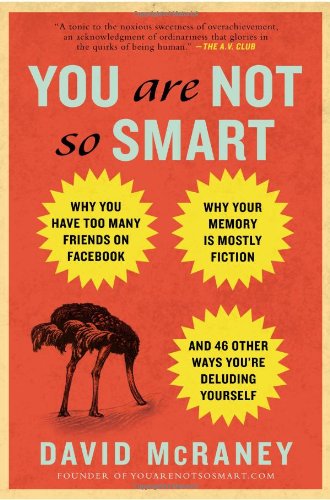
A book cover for You Are Not So Smart: Why You Have Too Many Friends on Facebook, Why Your Memory Is Mostly Fiction, an d 46 Other Ways You're Deluding Yourself; David McRaney; Humor & Entertainment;